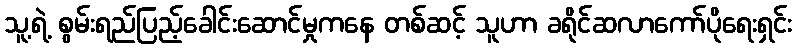
သူ့ရဲ့ စွမ်းရည်ပြည့်ခေါင်းဆောင်မှုကနေ တစ်ဆင့် သူဟာ ခရိုင်ဆလာကော်ပိုရေးရှင်း